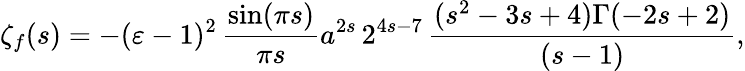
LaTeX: \zeta_{f}(s)=-(\varepsilon-1)^{2}\, \frac{\sin(\pi s)}{\pi s}a^{2s}\, 2^{4s-7}\, \frac{(s^{2}-3s+4)\Gamma(-2s+2)}{(s-1)},